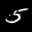
Label: 5